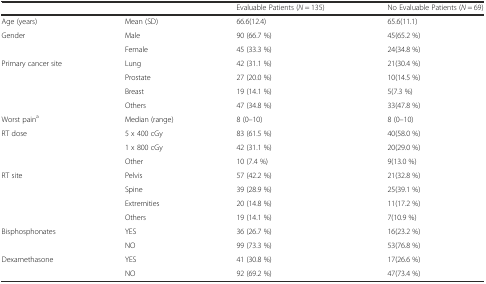
<table><thead><tr><td></td><td></td><td><b>Evaluable Patients (<i>N</i> = 135)</b></td><td><b>No Evaluable Patients (<i>N</i> = 69)</b></td></tr></thead><tbody><tr><td>Age (years)</td><td>Mean (SD)</td><td>66.6(12.4)</td><td>65.6(11.1)</td></tr><tr><td rowspan="2">Gender</td><td>Male</td><td>90 (66.7 %)</td><td>45(65.2 %)</td></tr><tr><td>Female</td><td>45 (33.3 %)</td><td>24(34.8 %)</td></tr><tr><td rowspan="4">Primary cancer site</td><td>Lung</td><td>42 (31.1 %)</td><td>21(30.4 %)</td></tr><tr><td>Prostate</td><td>27 (20.0 %)</td><td>10(14.5 %)</td></tr><tr><td>Breast</td><td>19 (14.1 %)</td><td>5(7.3 %)</td></tr><tr><td>Others</td><td>47 (34.8 %)</td><td>33(47.8 %)</td></tr><tr><td>Worst pain<sup>a</sup></td><td>Median (range)</td><td>8 (0–10)</td><td>8 (0–10)</td></tr><tr><td rowspan="3">RT dose</td><td>5 x 400 cGy</td><td>83 (61.5 %)</td><td>40(58.0 %)</td></tr><tr><td>1 x 800 cGy</td><td>42 (31.1 %)</td><td>20(29.0 %)</td></tr><tr><td>Other</td><td>10 (7.4 %)</td><td>9(13.0 %)</td></tr><tr><td rowspan="4">RT site</td><td>Pelvis</td><td>57 (42.2 %)</td><td>21(32.8 %)</td></tr><tr><td>Spine</td><td>39 (28.9 %)</td><td>25(39.1 %)</td></tr><tr><td>Extremities</td><td>20 (14.8 %)</td><td>11(17.2 %)</td></tr><tr><td>Others</td><td>19 (14.1 %)</td><td>7(10.9 %)</td></tr><tr><td rowspan="2">Bisphosphonates</td><td>YES</td><td>36 (26.7 %)</td><td>16(23.2 %)</td></tr><tr><td>NO</td><td>99 (73.3 %)</td><td>53(76.8 %)</td></tr><tr><td rowspan="2">Dexamethasone</td><td>YES</td><td>41 (30.8 %)</td><td>17(26.6 %)</td></tr><tr><td>NO</td><td>92 (69.2 %)</td><td>47(73.4 %)</td></tr></tbody></table>